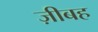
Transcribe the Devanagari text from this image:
ज़ीबह